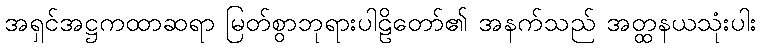
အရှင်အဋ္ဌကထာဆရာ မြတ်စွာဘုရားပါဠိတော်၏ အနက်သည် အတ္ထနယသုံးပါး